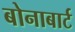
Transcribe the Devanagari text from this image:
बोनाबार्ट